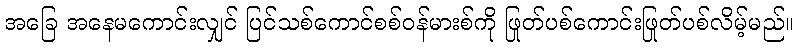
အခြေ အနေမကောင်းလျှင် ပြင်သစ်ကောင်စစ်ဝန်မားစ်ကို ဖြုတ်ပစ်ကောင်းဖြုတ်ပစ်လိမ့်မည်။